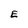
Character: E